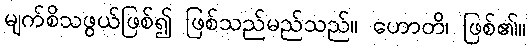
မျက်စိသဖွယ်ဖြစ်၍ ဖြစ်သည်မည်သည်။ ဟောတိ၊ ဖြစ်၏။